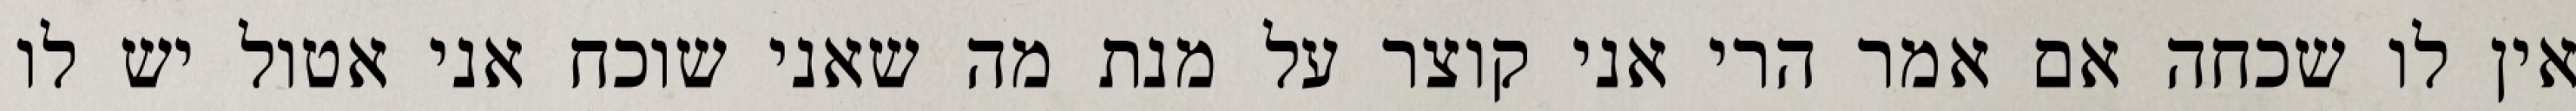
אין לו שכחה אם אמר הרי אני קוצר על מנת מה שאני שוכח אני אטול יש לו